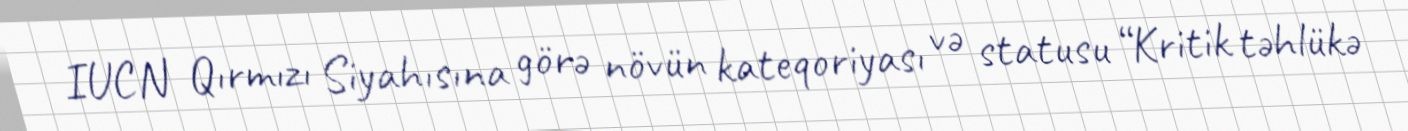
IUCN Qırmızı Siyahısına görə növün kateqoriyası və statusu “Kritik təhlükə